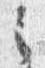
之